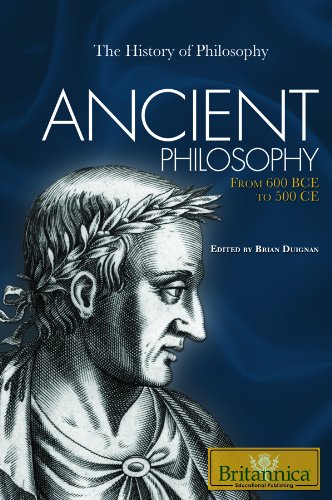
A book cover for Ancient Philosophy: From 600 BCE to 500 CE (History of Philosophy); Teen & Young Adult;